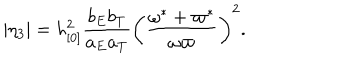
LaTeX: | \eta _ { 3 } | = h _ { [ 0 ] } ^ { 2 } \frac { b _ { E } b _ { T } } { a _ { E } a _ { T } } \left( \frac { \omega ^ { \ast } + \varpi ^ { \ast } } { \omega \varpi } \right) ^ { 2 } .